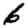
Digit: 6